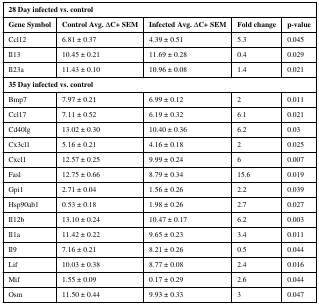
<table><thead><tr><td colspan="5"><b>28 Day infected vs. control</b></td></tr><tr><td><b>Gene Symbol</b></td><td><b>Control Avg. ΔC+ SEM</b></td><td><b>Infected Avg. ΔC+ SEM</b></td><td><b>Fold change</b></td><td><b>p-value</b></td></tr></thead><tbody><tr><td>Ccl12</td><td>6.81 ± 0.37</td><td>4.39 ± 0.51</td><td>5.3</td><td>0.045</td></tr><tr><td>Il13</td><td>10.45 ± 0.21</td><td>11.69 ± 0.28</td><td>0.4</td><td>0.029</td></tr><tr><td>Il23a</td><td>11.43 ± 0.10</td><td>10.96 ± 0.08</td><td>1.4</td><td>0.021</td></tr><tr><td colspan="5"><b>35 Day infected vs. control</b></td></tr><tr><td>Bmp7</td><td>7.97 ± 0.21</td><td>6.99 ± 0.12</td><td>2</td><td>0.011</td></tr><tr><td>Ccl17</td><td>7.11 ± 0.52</td><td>6.19 ± 0.32</td><td>6.1</td><td>0.021</td></tr><tr><td>Cd40lg</td><td>13.02 ± 0.30</td><td>10.40 ± 0.36</td><td>6.2</td><td>0.03</td></tr><tr><td>Cx3cl1</td><td>5.16 ± 0.21</td><td>4.16 ± 0.18</td><td>2</td><td>0.025</td></tr><tr><td>Cxcl1</td><td>12.57 ± 0.25</td><td>9.99 ± 0.24</td><td>6</td><td>0.007</td></tr><tr><td>Fasl</td><td>12.75 ± 0.66</td><td>8.79 ± 0.34</td><td>15.6</td><td>0.019</td></tr><tr><td>Gpi1</td><td>2.71 ± 0.04</td><td>1.56 ± 0.26</td><td>2.2</td><td>0.039</td></tr><tr><td>Hsp90ab1</td><td>0.53 ± 0.18</td><td>1.98 ± 0.26</td><td>2.7</td><td>0.027</td></tr><tr><td>Il12b</td><td>13.10 ± 0.24</td><td>10.47 ± 0.17</td><td>6.2</td><td>0.003</td></tr><tr><td>Il1a</td><td>11.42 ± 0.22</td><td>9.65 ± 0.23</td><td>3.4</td><td>0.011</td></tr><tr><td>Il9</td><td>7.16 ± 0.21</td><td>8.21 ± 0.26</td><td>0.5</td><td>0.044</td></tr><tr><td>Lif</td><td>10.03 ± 0.38</td><td>8.77 ± 0.08</td><td>2.4</td><td>0.016</td></tr><tr><td>Mif</td><td>1.55 ± 0.09</td><td>0.17 ± 0.29</td><td>2.6</td><td>0.044</td></tr><tr><td>Osm</td><td>11.50 ± 0.44</td><td>9.93 ± 0.33</td><td>3</td><td>0.047</td></tr></tbody></table>